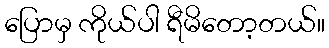
ပြောမှ ကိုယ်ပါ ရီမိတော့တယ်။